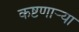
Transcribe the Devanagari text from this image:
कष्टणार्‍या